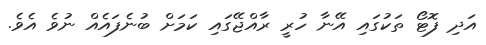
އަދި ފޮޓޯ ތަކުގައި އޭނާ ހުރީ ރާއްޖޭގައި ކަމަށް ބުނެފައެއް ނުވެ އެވެ.